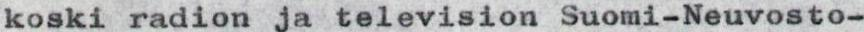
koski radion ja television Suomi-Neuvosto-